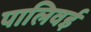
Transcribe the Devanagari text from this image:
पालिवई